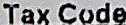
TAX CODE